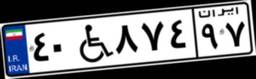
۴۰W۸۷۴۹۷